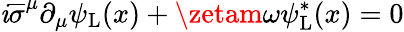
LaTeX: \mathit{i}{\overline{{{\sigma}}}}^{\mu}\partial_{\mu}\psi_{\mathrm{{{L}}}}(x)+\zetam\omega\psi_{\mathrm{{{L}}}}^{*}(x)=0